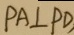
P A \bot P D